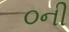
૦ની